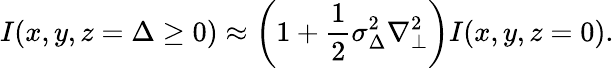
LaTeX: I(x,y,z=\Delta\ge 0)\approx\left(1+\frac{1}{2}\sigma_{\Delta}^{2}\nabla_{\perp}^{2}\right)I(x,y,z=0).